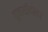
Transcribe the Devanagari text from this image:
तुलसीदास।